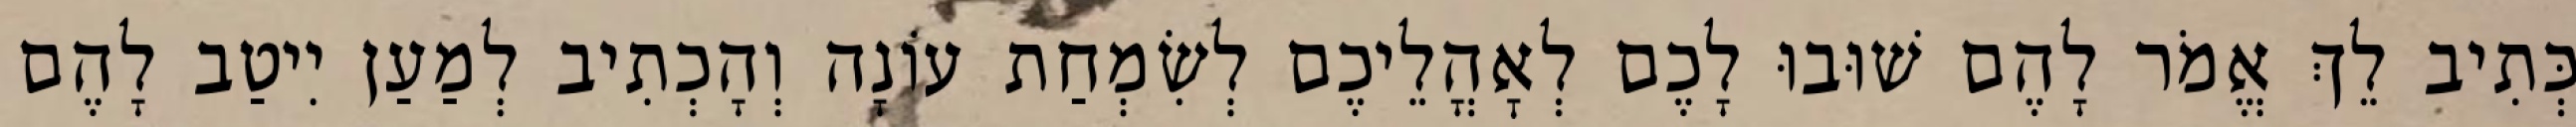
כְּתִיב לֵךְ אֱמֹר לָהֶם שׁוּבוּ לָכֶם לְאׇהֳלֵיכֶם לְשִׂמְחַת עוֹנָה וְהָכְתִיב לְמַעַן יִיטַב לָהֶם